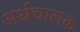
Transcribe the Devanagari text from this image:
अर्थचालक